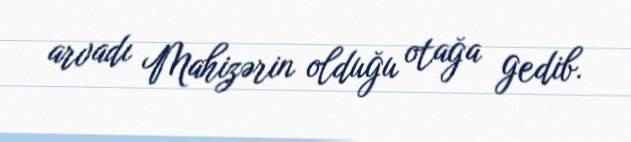
arvadı Mahizərin olduğu otağa gedib.